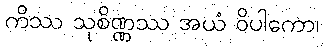
ကိဿ သုစိဏ္ဏဿ အယံ ဝိပါကော၊